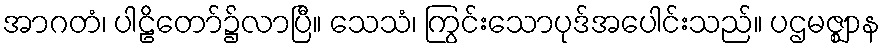
အာဂတံ၊ ပါဠိတော်၌လာပြီ။ သေသံ၊ ကြွင်းသောပုဒ်အပေါင်းသည်။ ပဌမဇ္ဈာန